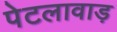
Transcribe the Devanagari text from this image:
पेटलावाड़